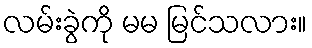
လမ်းခွဲကို မမ မြင်သလား။